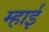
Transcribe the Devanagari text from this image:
म्हाई